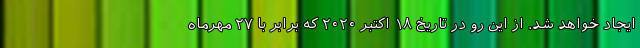
ایجاد خواهد شد. از این رو در تاریخ ۱۸ اکتبر ۲۰۲۰ که برابر با ۲۷ مهرماه